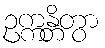
ဥက္ကန္တိတွာ